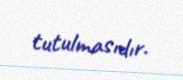
tutulmasıdır.